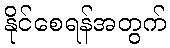
နိုင်စေရန်အတွက်